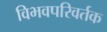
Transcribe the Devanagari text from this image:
विभवपरिवर्तक